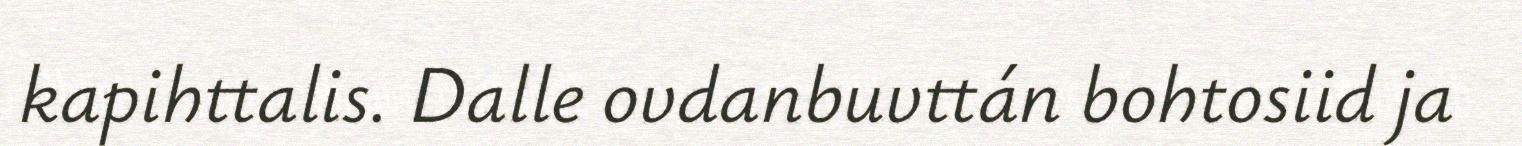
kapihttalis. Dalle ovdanbuvttán bohtosiid ja